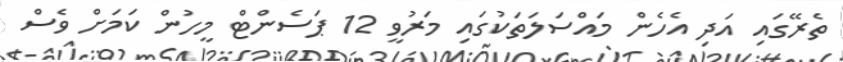
ތެރޭގައި އަދި އެހެން މައްސަލަތަކުގައި މަރުވީ 12 ޕަސެންޓް މީހުން ކަމަށް ވެސް